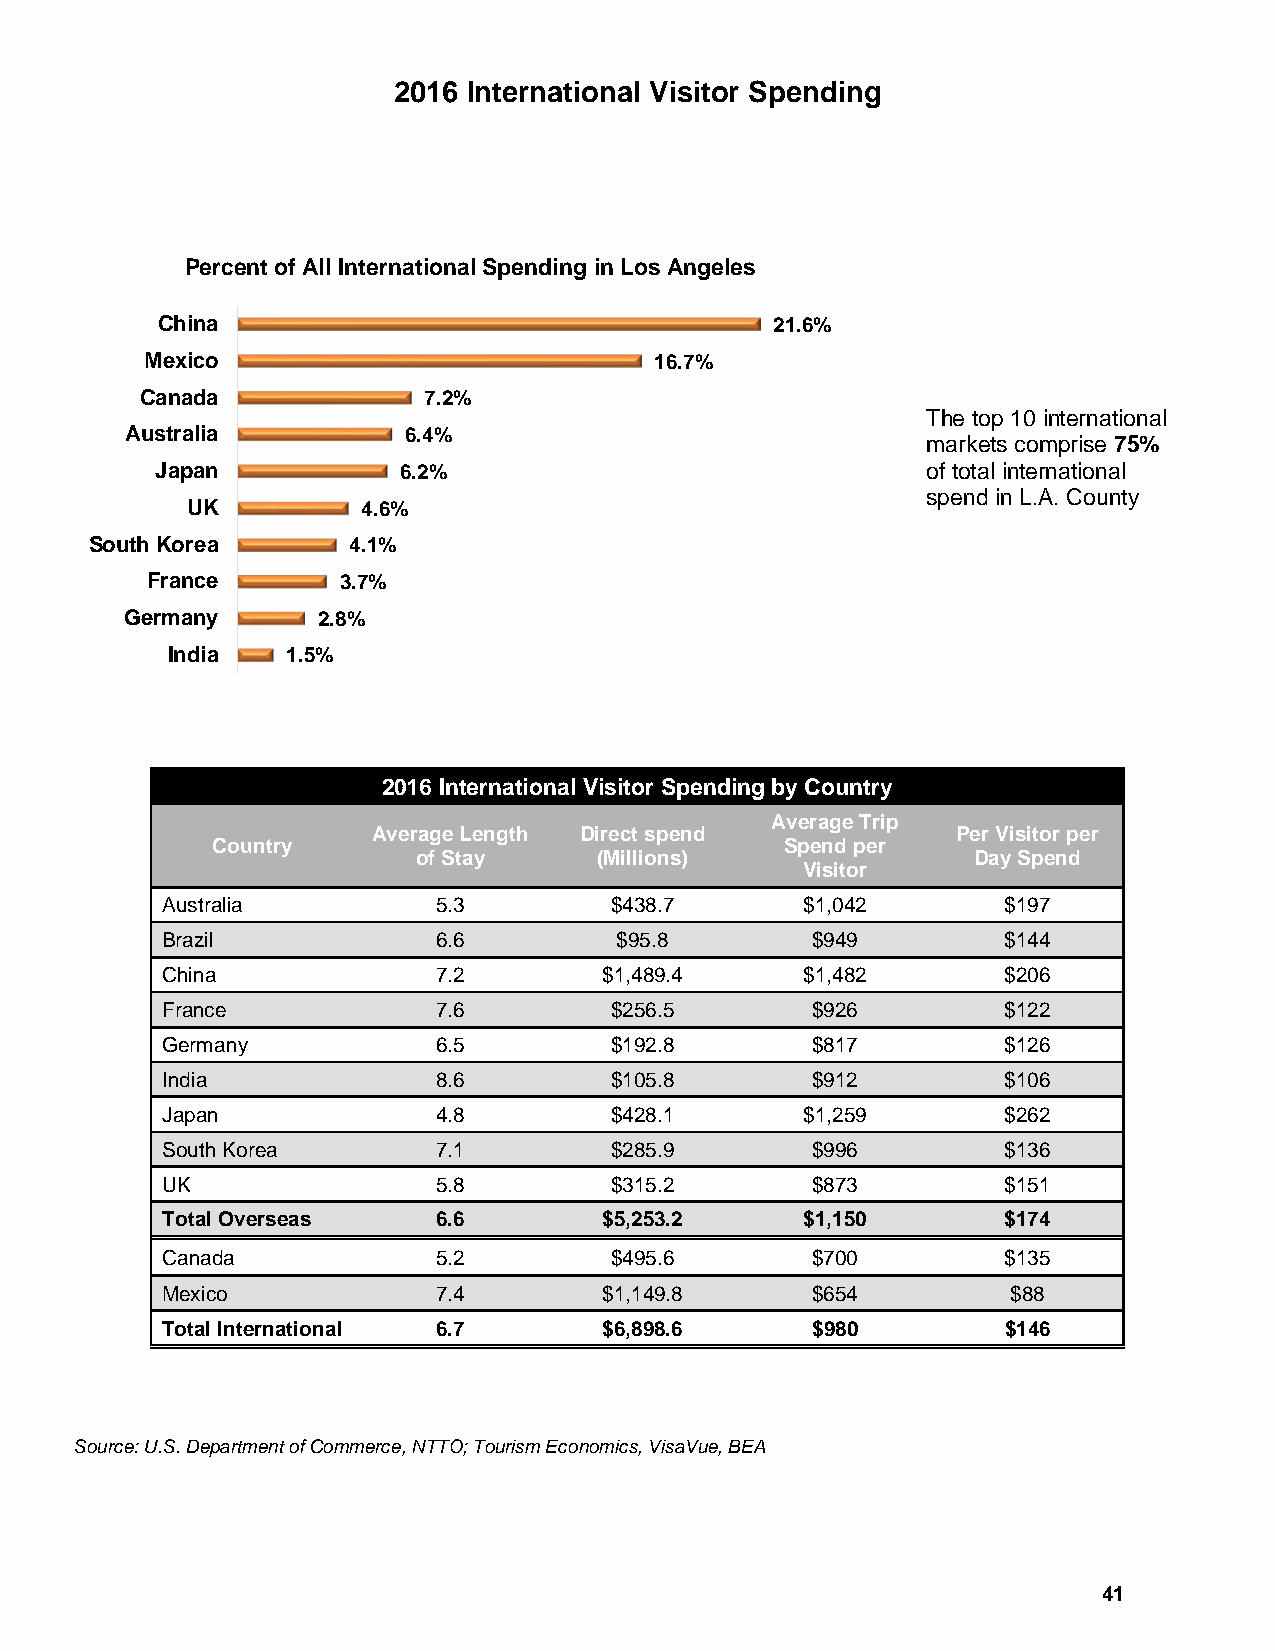
2016 International Visitor Spending
 Percent of All International Spending in Los Angeles
 China                                    21.6%
 Mexico                           16.7%
 Canada             7.2%
 The top 10 international
 Australia          6.4%
 markets comprise 75%
 Japan           6.2%                               of total international
 spend in L.A. County
 UK          4.6%
 South Korea      4.1%
 France      3.7%
 Germany      2.8%
 India   1.5%
 2016 International Visitor Spending by Country
 Average Trip
 Average Length Direct spend           Per Visitor per
 Country                               Spend per
 of Stay     (Millions)              Day Spend
 Visitor
 Australia         5.3        $438.7       $1,042        $197
 Brazil            6.6         $95.8        $949         $144
 China             7.2        $1,489.4     $1,482        $206
 France            7.6        $256.5        $926         $122
 Germany           6.5        $192.8        $817         $126
 India             8.6        $105.8        $912         $106
 Japan             4.8        $428.1       $1,259        $262
 South Korea       7.1        $285.9        $996         $136
 UK                5.8        $315.2        $873         $151
 Total Overseas    6.6        $5,253.2     $1,150        $174
 Canada            5.2        $495.6        $700         $135
 Mexico            7.4        $1,149.8      $654         $88
 Total International 6.7      $6,898.6      $980         $146
 Source: U.S. Department of Commerce, NTTO; Tourism Economics, VisaVue, BEA
 41